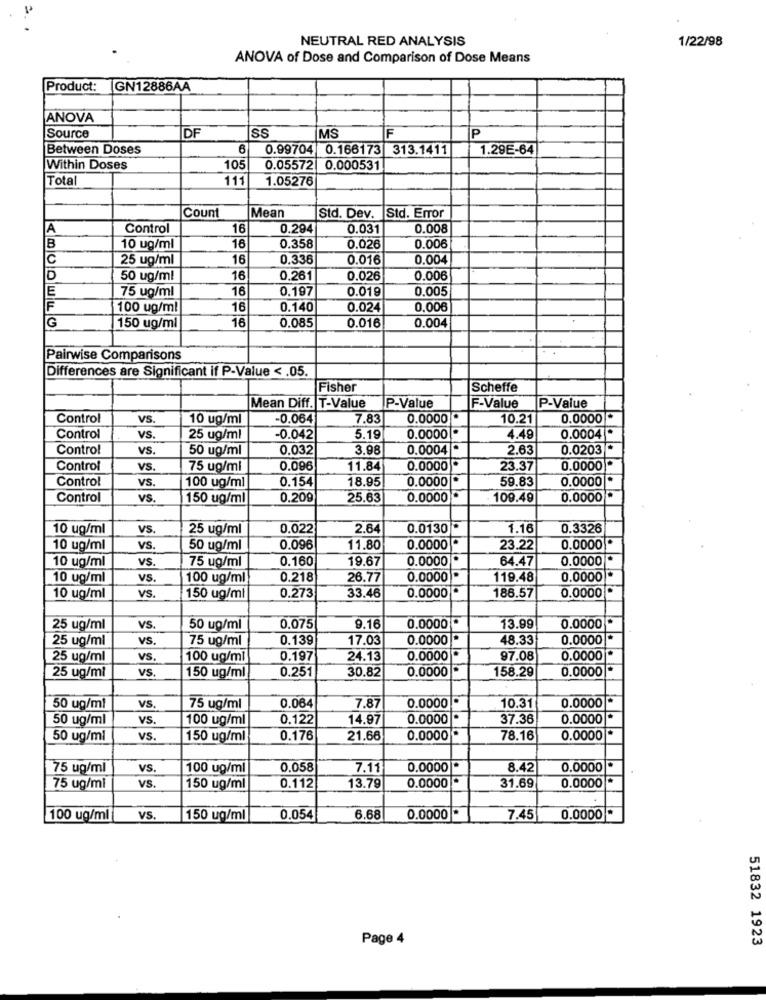
NEUTRAL RED ANALYSIS
1/22/98
ANOVA of Dose and Comparison of Dose Means
Product:
IGN12886AA
ANOVA
DF
SS
MS
F
Source
IP
Between Doses
6
0.99704 0.166173 313.1411
1.29E-64
Within Doses
105
0.05572
0.000531
Total
111
1.05276
Count
|Mean
Std. Error
Std. Dev.
A
Control
16
0.294
0.031
0.008
B
10 ug/ml
16
0.358
0.026
0.006
C
25 ug/ml
16
0.336
0.016
0.004
D
50 ug/ml
16
0.261
0.026
0.006
E
75 ug/ml
16
0.197
0.019
0.005
IF
100 ug/ml
16
0.140
0.024
0,00€
0.085
0.004
G
150 ug/m
16
0.016
Pairwise Comparisons
Differences are Significant if P-Value < . 05.
Fisher
Scheffe
Mean Diff. T-Value
P-Value
F-Value
P-Value
Control
VS.
10 ug/ml
-0.064
7.83
0.0000 *
10.21
0.0000 *
.
Control
VS.
25 ug/ml
-0.042
5.19
0.0000
4.49
0.0004 *
Control
VS.
50 ug/ml
0.032
3.98
0.0004 *
2.63
0.0203 *
Control
VS.
75 ug/ml
0.096
11.84
0.0000 *
23.37
0.0000 *
Control
vS.
0.154
18.95
0.0000 *
59.83
0.0000 *
100 ug/ml
Control
VS.
150 ug/ml
0.209
25.63
0.0000
109.49
0.0000
10 ug/ml
VS.
25 ug/ml
0.022
2.64
0.0130*
1.16
0.3326
10 ug/ml
VS.
50 ug/ml
0.096
11.80
0.0000 *
23.22
0.0000 *
10 ug/ml
VS.
75 ug/ml
0.160
19.67
0.0000 *
64.47
0.0000
10 ug/ml
VS.
100 ug/ml
0.218
26.77
0.0000
119.48
0.0000 *
0.0000
186.57
0.0000 *
10 ug/ml
VS.
150 ug/ml
0.273
33.46
25 ug/ml
VS.
50 ug/ml
0.075
9.16
0.0000 *
13.99
0.0000
25 ug/ml
VS.
75 ug/ml
0.139
17.03
0.0000 *
48.33
0.0000
25 ug/ml
VS.
100 ug/ml
0.197
24.13
0.0000 *
97.08
0.0000
25 ug/ml
vS.
0.251
30.82
0.0000
158.29
0.0000 *
150 ug/ml
0.0000 *
0.0000 *
50 ug/ml
VS.
75 ug/ml
0.064
7.87
10.31
50 ug/ml
vS.
100 ug/ml
0.122
14.97
0.0000
37.36
0.0000 *
50 ug/ml
vS.
150 ug/ml
0.176
21.66
0.0000
78.16
0.0000 *
75 ug/ml
vS.
100 ug/ml
0,058
7.11
0.0000*
8.42
0.0000
0.0000 *
0.0000 *
75 ug/mi
vs.
150 ug/ml
0.112
13.79
31.69
100 ug/ml
VS.
1150 ug/ml
0.054
6.68
0.0000
7.45
0.0000 *
Page 4
51832 1923